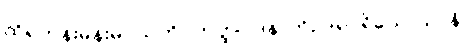
ထိုရဟန်းမိန်းမငယ်ကို။ ဟတ္ထပါဒနာဘိဥဒရပရိယောသာနိ၊